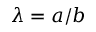
\lambda = a / b